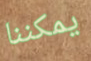
يمكننا